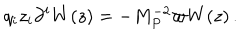
q _ { i } z _ { i } \partial ^ { i } W ( z ) = - M _ { P } ^ { - 2 } \varpi W ( z ) \, .